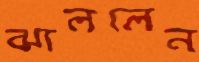
ঝাললেন